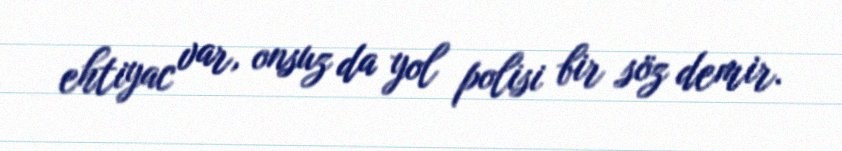
ehtiyac var, onsuz da yol polisi bir söz demir.